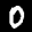
Label: 0